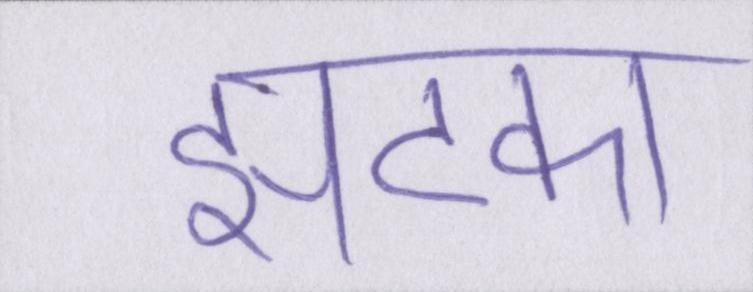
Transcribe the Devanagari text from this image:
झटका